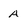
Character: A